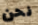
نحن